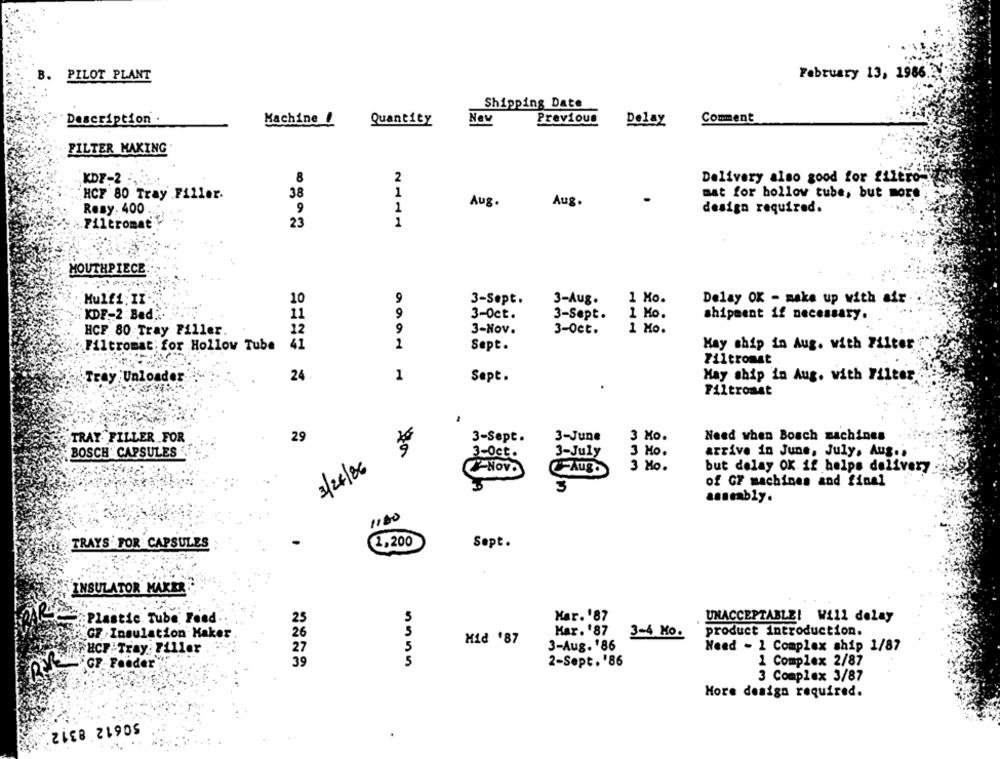
B.
PILOT PLANT
February 13, 1986.2.
Shipping Date
Description .
Machine !
Nev
Previous
Comment
Quantity
Delay
FILTER MAKING
KDF-2 :,
8
2
Delivery also good for filtro-
HCF 80 Tray Filler.
38
1
mat for hollow tube, but more
Aug.
Aug.
Resy. 400
9
1
design required.
:. Filtromat
23
1
MOUTHPIECE
Kulfi; IT"
10
9
3-Sept.
3-Aug.
1 Mo.
Delay OK - make up with air
KDF-2 Bed ..
11
9
3-Oct.
3-Sept.
1 Mo.
shipment if necessary.
HCF 80 Tray Filler.
22
9
3-Nov.
3-Oct.
1 Mo.
Filtromat for Hollow Tube
41
2
Sept.
Hay ship in Aug. with Filter
Filtromst
Tray Unloader
24
1
Sept.
May ship in Aug. with Filter
Filtroast
TRAY. FILLER FOR
29
3-Sept.
3-June
3 Mo.
Need when Bosch machines
BOSCH CAPSULES
3-Oct .
3-July
3 Mo.
arrive in June, July, Aug .,
-NOVO
-Aug.
3 Mo.
but delay OK if helps delivery
3/26/86
of GF machines and final
3
assembly.
1100
TRAYS FOR CAPSULES
2,200
Sept.
INSULATOR MAKER
Plastic Tube Feed.
25
Mar. '87
UNACCEPTABLE! Will delay
Mar. '87
GF . Insulation Maker
26
3-4 Ko.
product introduction.
5
Mid '87
HCF: Tray: Filler
27
3-Aug. '86
Need - 1 Complex ship 1/87
5
1 Complex 2/87
GGF Feader
39
5555
2-Sept.'86
3 Complex 3/87
More design required.
50612 8312